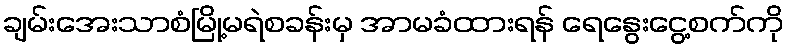
ချမ်းအေးသာစံမြို့မရဲစခန်းမှ အာမခံထားရန် ရေနွေးငွေ့စက်ကို